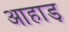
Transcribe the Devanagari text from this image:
आहाड़